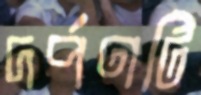
দর্পণটি